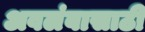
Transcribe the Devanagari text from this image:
अवलंबासाठी